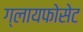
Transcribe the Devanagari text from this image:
ग्लायफोसेट